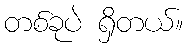
တစ်ခုပဲ ရှိတယ်။